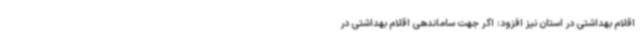
اقلام بهداشتی در استان نیز افزود: اگر جهت ساماندهی اقلام بهداشتی در